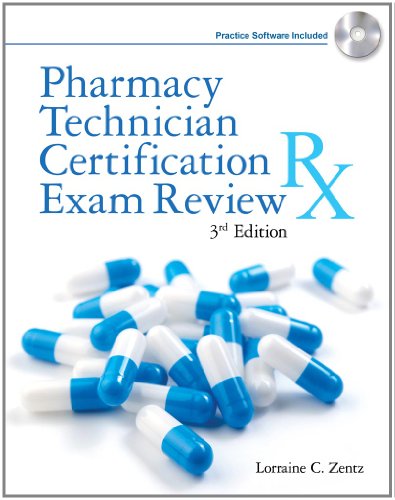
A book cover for Pharmacy Technician Certification Exam Review (Delmar's Pharmacy Technician Certification Exam Review); Lorraine C. Zentz; Test Preparation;